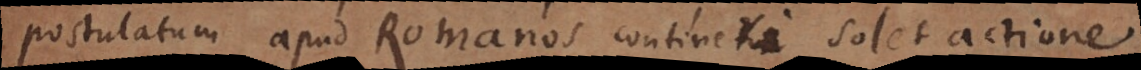
postulatum apud Romanos continetur contineri